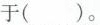
于( )。